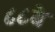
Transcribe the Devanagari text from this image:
८८वे